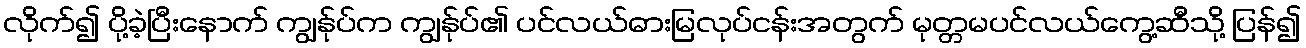
လိုက်၍ ပို့ခဲ့ပြီးနောက် ကျွန်ုပ်က ကျွန်ုပ်၏ ပင်လယ်ဓားမြလုပ်ငန်းအတွက် မုတ္တမပင်လယ်ကွေ့ဆီသို့ ပြန်၍